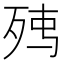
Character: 𭮉